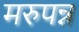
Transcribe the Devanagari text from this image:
मरुपन्न